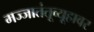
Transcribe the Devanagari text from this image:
मज्जातंतूव्यूहावर